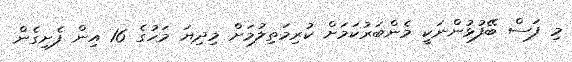
މި ފަސް ބޭފުޅުންނަކީ މެންބަރުކަމަށް ކުރިމަތިލުމަށް މިދިޔަ މަހުގެ 16 އިން ފެށިގެން